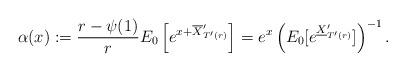
LaTeX: \begin{align*}\alpha(x):=\frac{r-\psi(1)}{r}E_0\left[e^{x+\overline{X}'_{T'(r)}}\right] =e^x\left(E_0[e^{\underline{X}'_{T'(r)}}]\right)^{-1} .\end{align*}